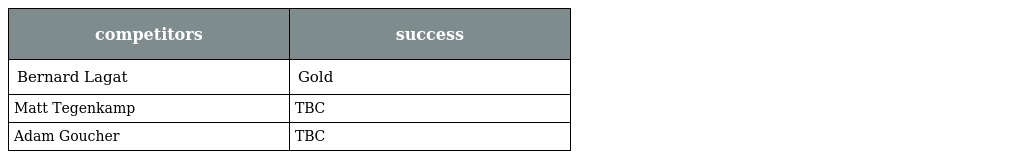
| competitors | success |
 | --- | --- |
 | Bernard Lagat | Gold |
 | Matt Tegenkamp | TBC |
 | Adam Goucher | TBC |